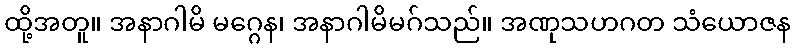
ထို့အတူ။ အနာဂါမိ မဂ္ဂေန၊ အနာဂါမိမဂ်သည်။ အဏုသဟဂတ သံယောဇန